Civil Veterinary Dept. Assam report 1927-50 - 1927-1950
Year: 1927
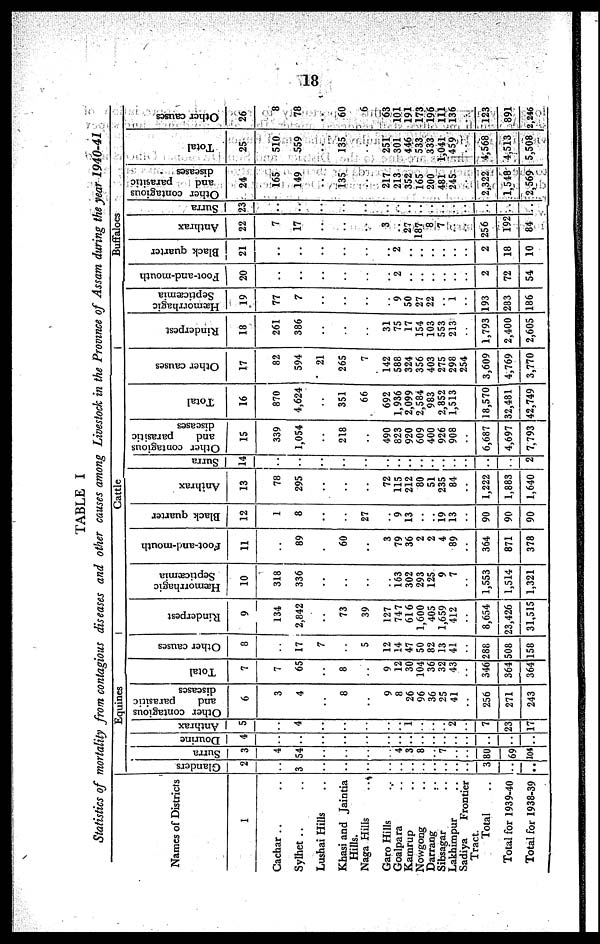
18
TABLE I
Statistics of mortality from contagious diseases and other causes among Livestock in the Province of Assam during the year 1940-41
Names of Districts
1
Cachar .. ..
Sylhet .. ..
Lushai Hills ..
Khasi and Jaintia
Hills.
Naga Hills ..
Garo Hills ..
Goalpara ..
Kamrup ..
Nowgong ..
Darrang ..
Sibsagar ..
Lakhimpur ..
Sadiya
Frontier
Tract
Total ..
Total for 1939-40
Total for 1938-39
Equines
Glanders
2
..
3
..
..
..
..
..
..
..
..
..
..
..
3
..
..
Surra
3
4
54
..
..
..
..
4
3
8
..
7
..
..
80
69
104
Dourine
4
..
..
..
..
..
..
..
..
..
..
..
..
..
..
..
Anthrax
5
..
4
..
..
..
..
..
1
..
..
..
2
..
7
23
17
Other contagious
and
parasitic
diseases
6
3
4
..
8
..
9
8
26
96
36
25
41
..
256
271
243
Total
7
7
65
..
8
..
9
12
30
104
36
32
43
..
346
364
364
Other causes
8
..
17
7
..
5
12
!4
47
50
82
13
41
..
288
508
158
Cattle
Rinderpest
9
134
2,842
..
73
39
127
747
616
1,600
405
1,659
412
..
8,654
23,426
31,515
Hæmorrhagic
Septicaemia
10
318
336
..
..
..
..
163
302
293
125
9
7
..
1,553
1,514
1,321
foot-and-mouth
11
..
89
..
60
..
3
79
36
2
2
4
89
..
364
871
378
Black quarter
12
1
8
..
..
27
..
9
13
..
..
19
13
..
90
90
90
Anthrax
13
78
295
..
..
..
72
115
212
80
51
235
84
..
1,222
1,883
1,640
Surra
14
..
..
..
..
..
..
..
..
..
..
..
..
..
..
..
2
Other contagious
and
parasitic
diseases
15
339
1,054
..
218
..
490
823
920
609
400
926
908
..
6,687
4,697
7,793
Total
16
870
4,624
..
351
66
692
1,936
2,099
2,584
983
2,852
1,513
..
18,570
32,481
42,749
Other causes
17
82
594
21
265
7
142
588
324
356
403
275
298
254
3,609
4,769
3,770
Buffaloes
Rinderpest
18
261
386
..
..
..
31
75
17
154
103
553
213
..
1,793
2,400
2,605
Hæmorrhagic
Septicæmia
19
77
7
..
..
..
..
9
50
27
22
..
1
..
193
283
186
Foot-and-mouth
20
..
..
..
..
..
..
2
..
..
..
..
..
..
2
72
54
Black quarter
21
..
..
..
..
..
..
2
..
..
..
..
..
..
2
18
10
Anthrax
22
7
17
..
..
..
3
..
27
187
8
7
..
..
256
192
84
Surra
23
..
..
..
..
..
..
..
..
..
..
..
..
..
..
..
..
Other contagious
and
parasitic
diseases
24
165
149
..
135
..
217
213
352
165
200
481
245
..
2,322
1,548
2,569
Total
25
510
559
..
135
..
251
301
446
533
333
1,041
459
..
4,568
4,513
5,508
Other causes
26
8
78
..
60
6
63
101
191
173
196
111
136
..
123
891
2,246